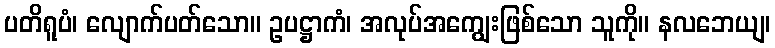
ပတိရူပံ၊ လျောက်ပတ်သော။ ဥပဋ္ဌာကံ၊ အလုပ်အကျွေးဖြစ်သော သူကို။ နလဘေယျ၊